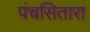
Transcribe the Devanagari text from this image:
पंचसितारा